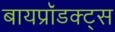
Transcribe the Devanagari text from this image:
बायप्रॉडक्ट्स